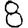
Digit: 8